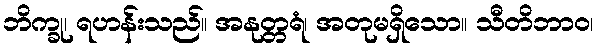
ဘိက္ခု၊ ရဟန်းသည်။ အနုတ္တရံ၊ အတုမရှိသော။ သီတိဘာဝ၊